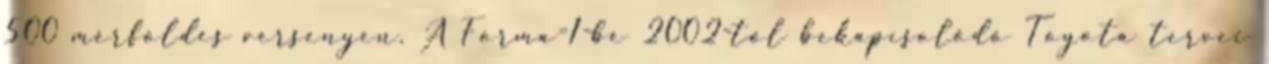
500 mérföldes versenyen. A Forma-1-be 2002-től bekapcsolódó Toyota tervei